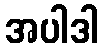
အပါဒါ